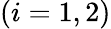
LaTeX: (i=1,2)